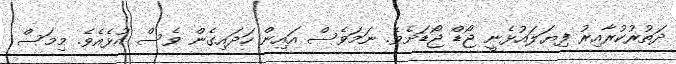
ދަތުރުކުރާއިރު ފިޔަލައުޅެނީ ޖޯޑް ޖޯޑަށެވެ. ނަމަވެސް އައިން ހަދައިގެން ވެސް އުޅެއެެވެ. މިމަސް